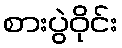
စားပွဲဝိုင်း